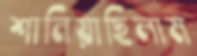
শানিয়াছিলাম